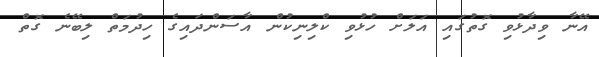
އޭނާ ވިދާޅުވި ގޮތުގައި އަލަށް ހުޅުވި ކްލިނިކުން އާސަންދައިގެ ހިދުމަތް ލިބޭނެ ގޮތް